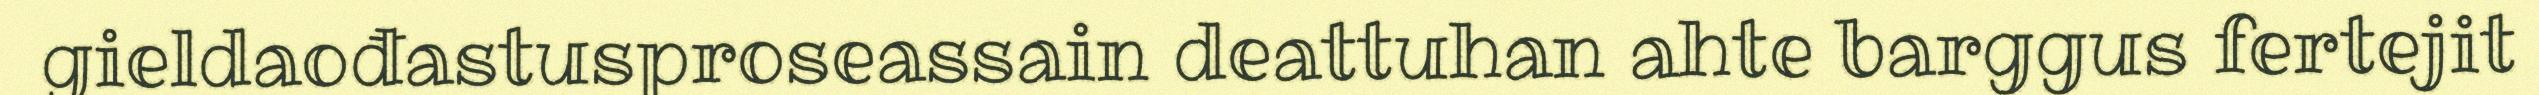
gieldaođastusproseassain deattuhan ahte barggus fertejit